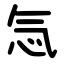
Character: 忥